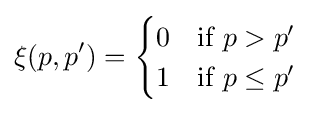
\xi (p,p')={\begin{cases}0&{\text{if }}p>p'\\1&{\text{if }}p\leq p'\\\end{cases}}